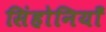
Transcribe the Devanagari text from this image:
सिंहोनियाँ